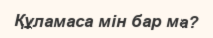
Құламаса мін бар ма?